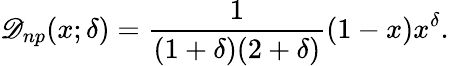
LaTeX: \mathscr{D}_{np}(x;\delta)={\frac{{1}}{{(1+\delta)(2+\delta)}}}(1-x)x^{\delta}.